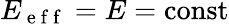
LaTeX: E_{\mathrm{~e~f~f~}}=E=\operatorname{const}